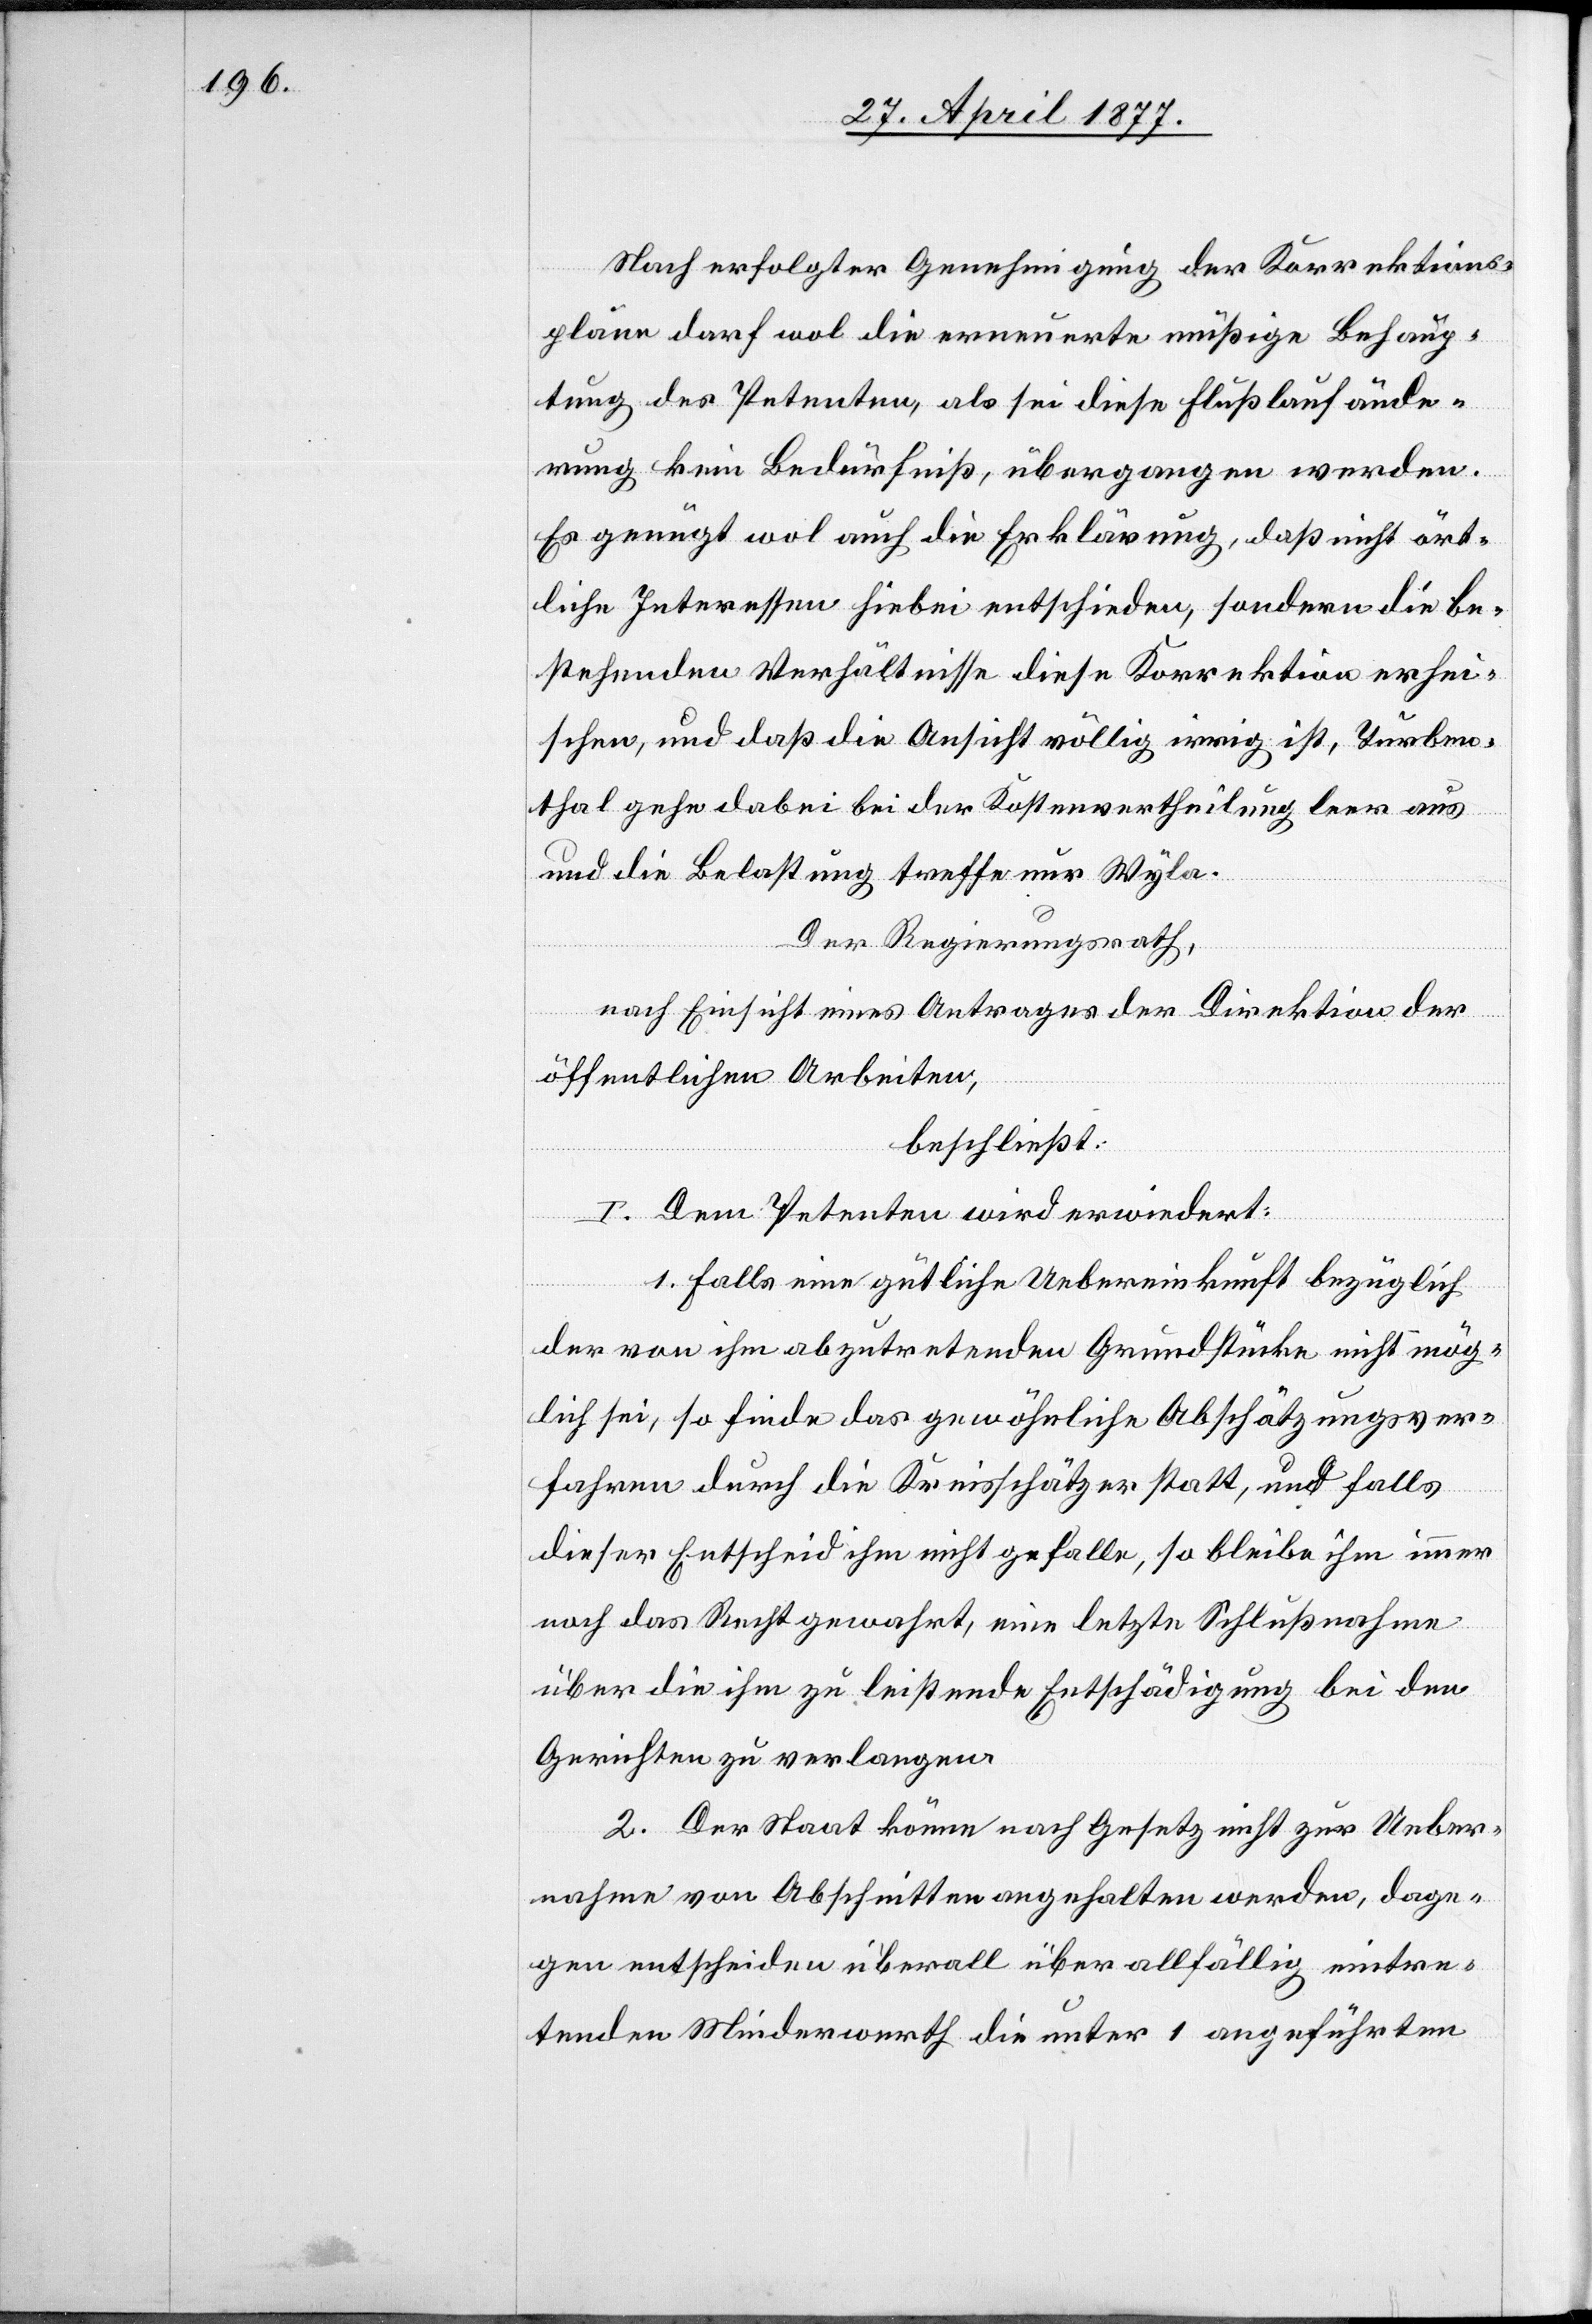
Nach erfolgter Genehmigung der Korrektions¬
pläne darf wol die erneuerte müßige Behaup¬
tung des Petenten, als sei diese Flußlaufände¬
rung kein Bedürfniß, übergangen werden.
Es genügt wol auch die Erklärung, daß nicht ört¬
liche Interessen hiebei entschieden, sondern die be¬
stehenden Verhältnisse diese Korrektion erhei¬
schen, und daß die Ansicht völlig irrig ist, Turben¬
thal gehe dabei bei der Kostenvertheilung leer aus
und die Belastung treffe nur Wyla.
Der Regierungsrath,
nach Einsicht eines Antrages der Direktion der
öffentlichen Arbeiten,
beschließt:
I. Dem Petenten wird erwiedert:
1. Falls eine gütliche Uebereinkunft bezüglich
der von ihm abzutretenden Grundstücke nicht mög¬
lich sei, so finde das gewöhnliche Abschätzungsver¬
fahren durch die Kreisschätzer statt, und falls
dieser Entscheid nicht gefalle, so bleibe ihm immer
noch das Recht gewahrt, eine letzte Schlußnahme
über die ihm zu leistende Entschädigung bei den
Gerichten zu verlangen.
2. Der Staat könne nach Gesetz nicht zur Ueber¬
nahme von Abschnitten angehalten werden, dage¬
gen entscheiden überall über allfällig eintre¬
tenden Minderwerth die unter 1 angeführten